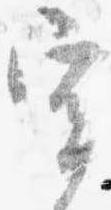
宰